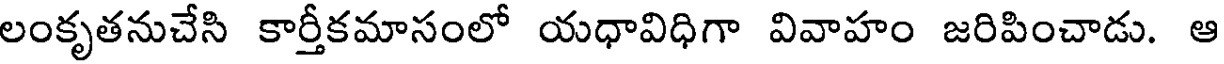
లంకృతనుచేసి కార్తీకమాసంలో యధావిధిగా వివాహం జరిపించాడు. ఆ